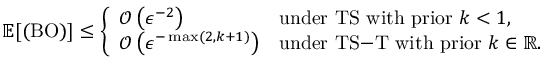
\mathbb { E } [ ( \mathrm { B O } ) ] \leq \left\{ \begin{array} { l l } { \mathcal { O } \left( \epsilon ^ { - 2 } \right) } & { \mathrm { u n d e r ~ \mathrm { T S } ~ w i t h ~ p r i o r ~ } k < 1 , } \\ { \mathcal { O } \left( \epsilon ^ { - \operatorname* { m a x } ( 2 , k + 1 ) } \right) } & { \mathrm { u n d e r ~ \mathrm { T S } \mathrm { - } \mathrm { T } ~ w i t h ~ p r i o r ~ } k \in \mathbb { R } . } \end{array} \right.